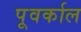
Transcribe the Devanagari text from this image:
पूवर्काल